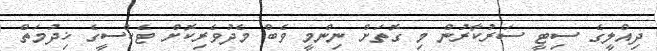
ދިއްލީގެ ސިޓީ ސަރުކާރުން މި ގޮތަށް ނިންމީ ވެބް މެދުވެރިކޮށް ޓެކްސީގެ ޚިދުމަތް